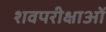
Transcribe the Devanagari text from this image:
शवपरीक्षाओं